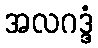
အလဂဒ္ဒံ